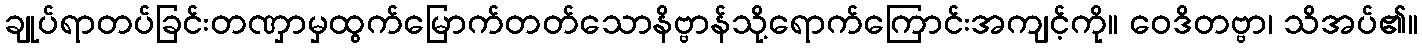
ချုပ်ရာတပ်ခြင်းတဏှာမှထွက်မြောက်တတ်သောနိဗ္ဗာန်သို့ရောက်ကြောင်းအကျင့်ကို။ ဝေဒိတဗ္ဗာ၊ သိအပ်၏။